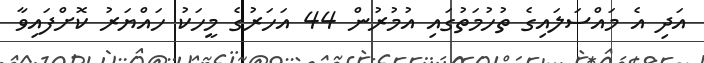
އަދި އެ މައްސަލައިގެ ތުހުމަތުގައި އުމުރުން 44 އަހަރުގެ މީހަކު ހައްޔަރު ކޮށްފައިވާ